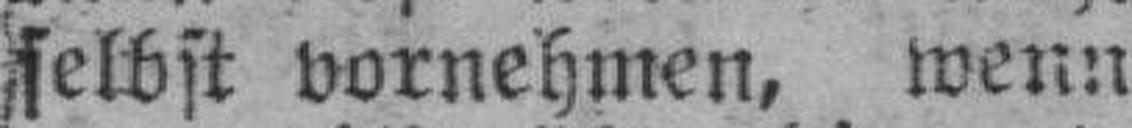
selbst vornehmen, wenn